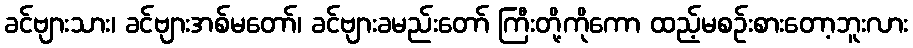
ခင်ဗျားသား၊ ခင်ဗျားအစ်မတော်၊ ခင်ဗျားခမည်းတော် ကြီးတို့ကိုကော ထည့်မစဉ်းစားတော့ဘူးလား